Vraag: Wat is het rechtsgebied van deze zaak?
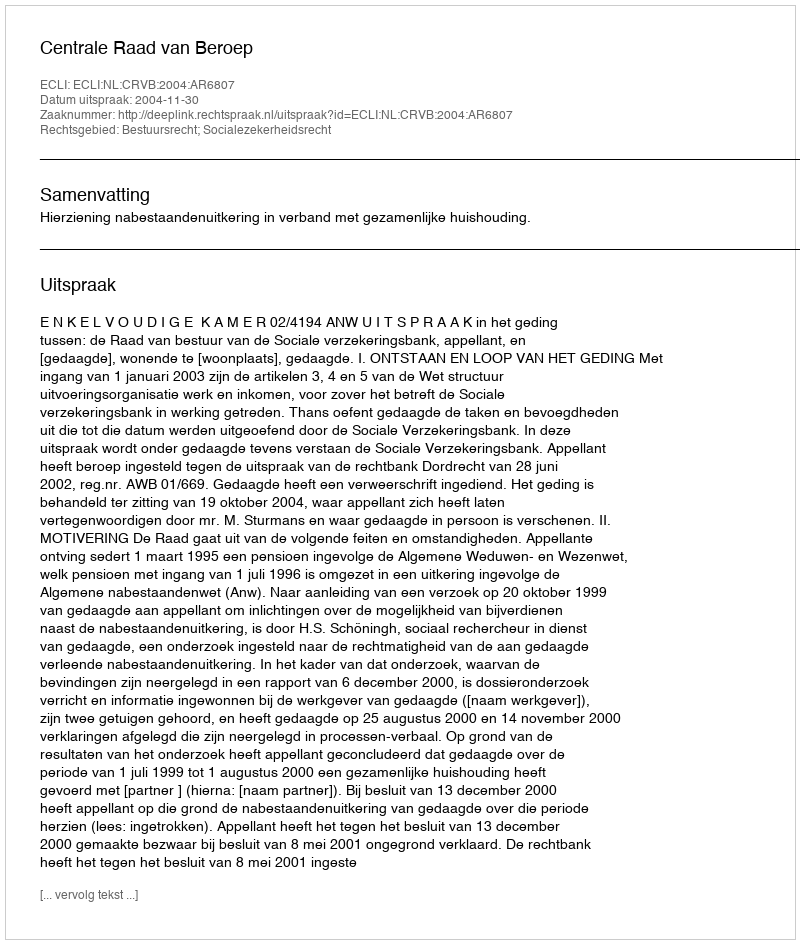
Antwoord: Bestuursrecht; Socialezekerheidsrecht